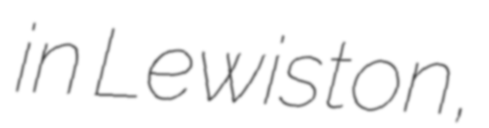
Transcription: in Lewiston,